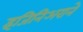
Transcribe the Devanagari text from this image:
इंजिनिअराने